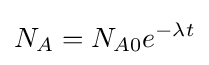
N_{A}=N_{A0}e^{-\lambda t}